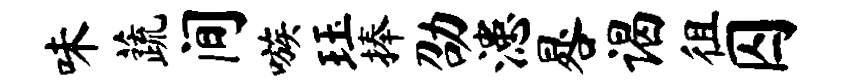
味蔬间嗾珏捧劭漶晷谒徂囚